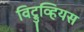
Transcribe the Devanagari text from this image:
विट्रुव्हियस